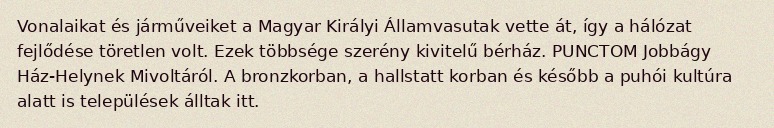
Vonalaikat és járműveiket a Magyar Királyi Államvasutak vette át, így a hálózat fejlődése töretlen volt. Ezek többsége szerény kivitelű bérház. PUNCTOM Jobbágy Ház-Helynek Mivoltáról. A bronzkorban, a hallstatt korban és később a puhói kultúra alatt is települések álltak itt.